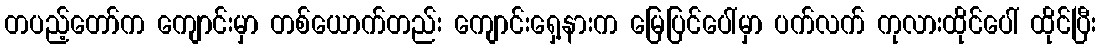
တပည့်တော်က ကျောင်းမှာ တစ်ယောက်တည်း ကျောင်းရှေ့နားက မြေပြင်ပေါ်မှာ ပက်လက် ကုလားထိုင်ပေါ် ထိုင်ပြီး